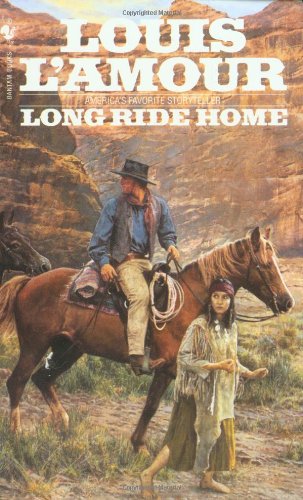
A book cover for Long Ride Home; Louis L'Amour; Literature & Fiction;